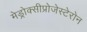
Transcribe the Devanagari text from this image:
मेड्रोक्सीप्रोजेस्टेरोन